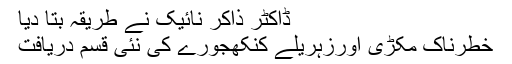
ڈاکٹر ذاکر نائیک نے طریقہ بتا دیا
خطرناک مکڑی اورزہریلے کنکھجورے کی نئی قسم دریافت